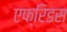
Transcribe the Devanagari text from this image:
एफ्रिडस